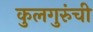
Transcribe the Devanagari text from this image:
कुलगुरुंची